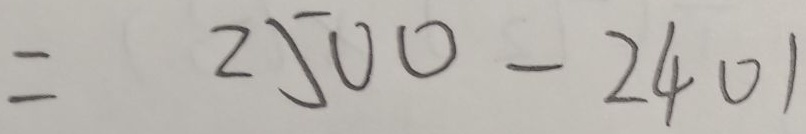
= 2 5 0 0 - 2 4 0 1